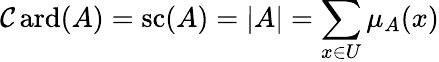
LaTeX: \operatorname{\mathcal{C}ard}(A)=\operatorname{sc}(A)=|A|=\sum_{x\in{U}}\mu_{A}(x)